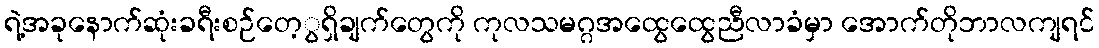
ရဲ့အခုနောက်ဆုံးခရီးစဉ်တေ့ွရှိချက်တွေကို ကုလသမဂ္ဂအထွေထွေညီလာခံမှာ အောက်တိုဘာလကျရင်